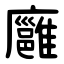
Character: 廱